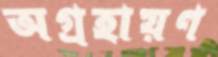
অগ্রহায়ণ